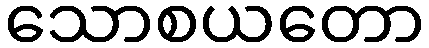
သောစယတော